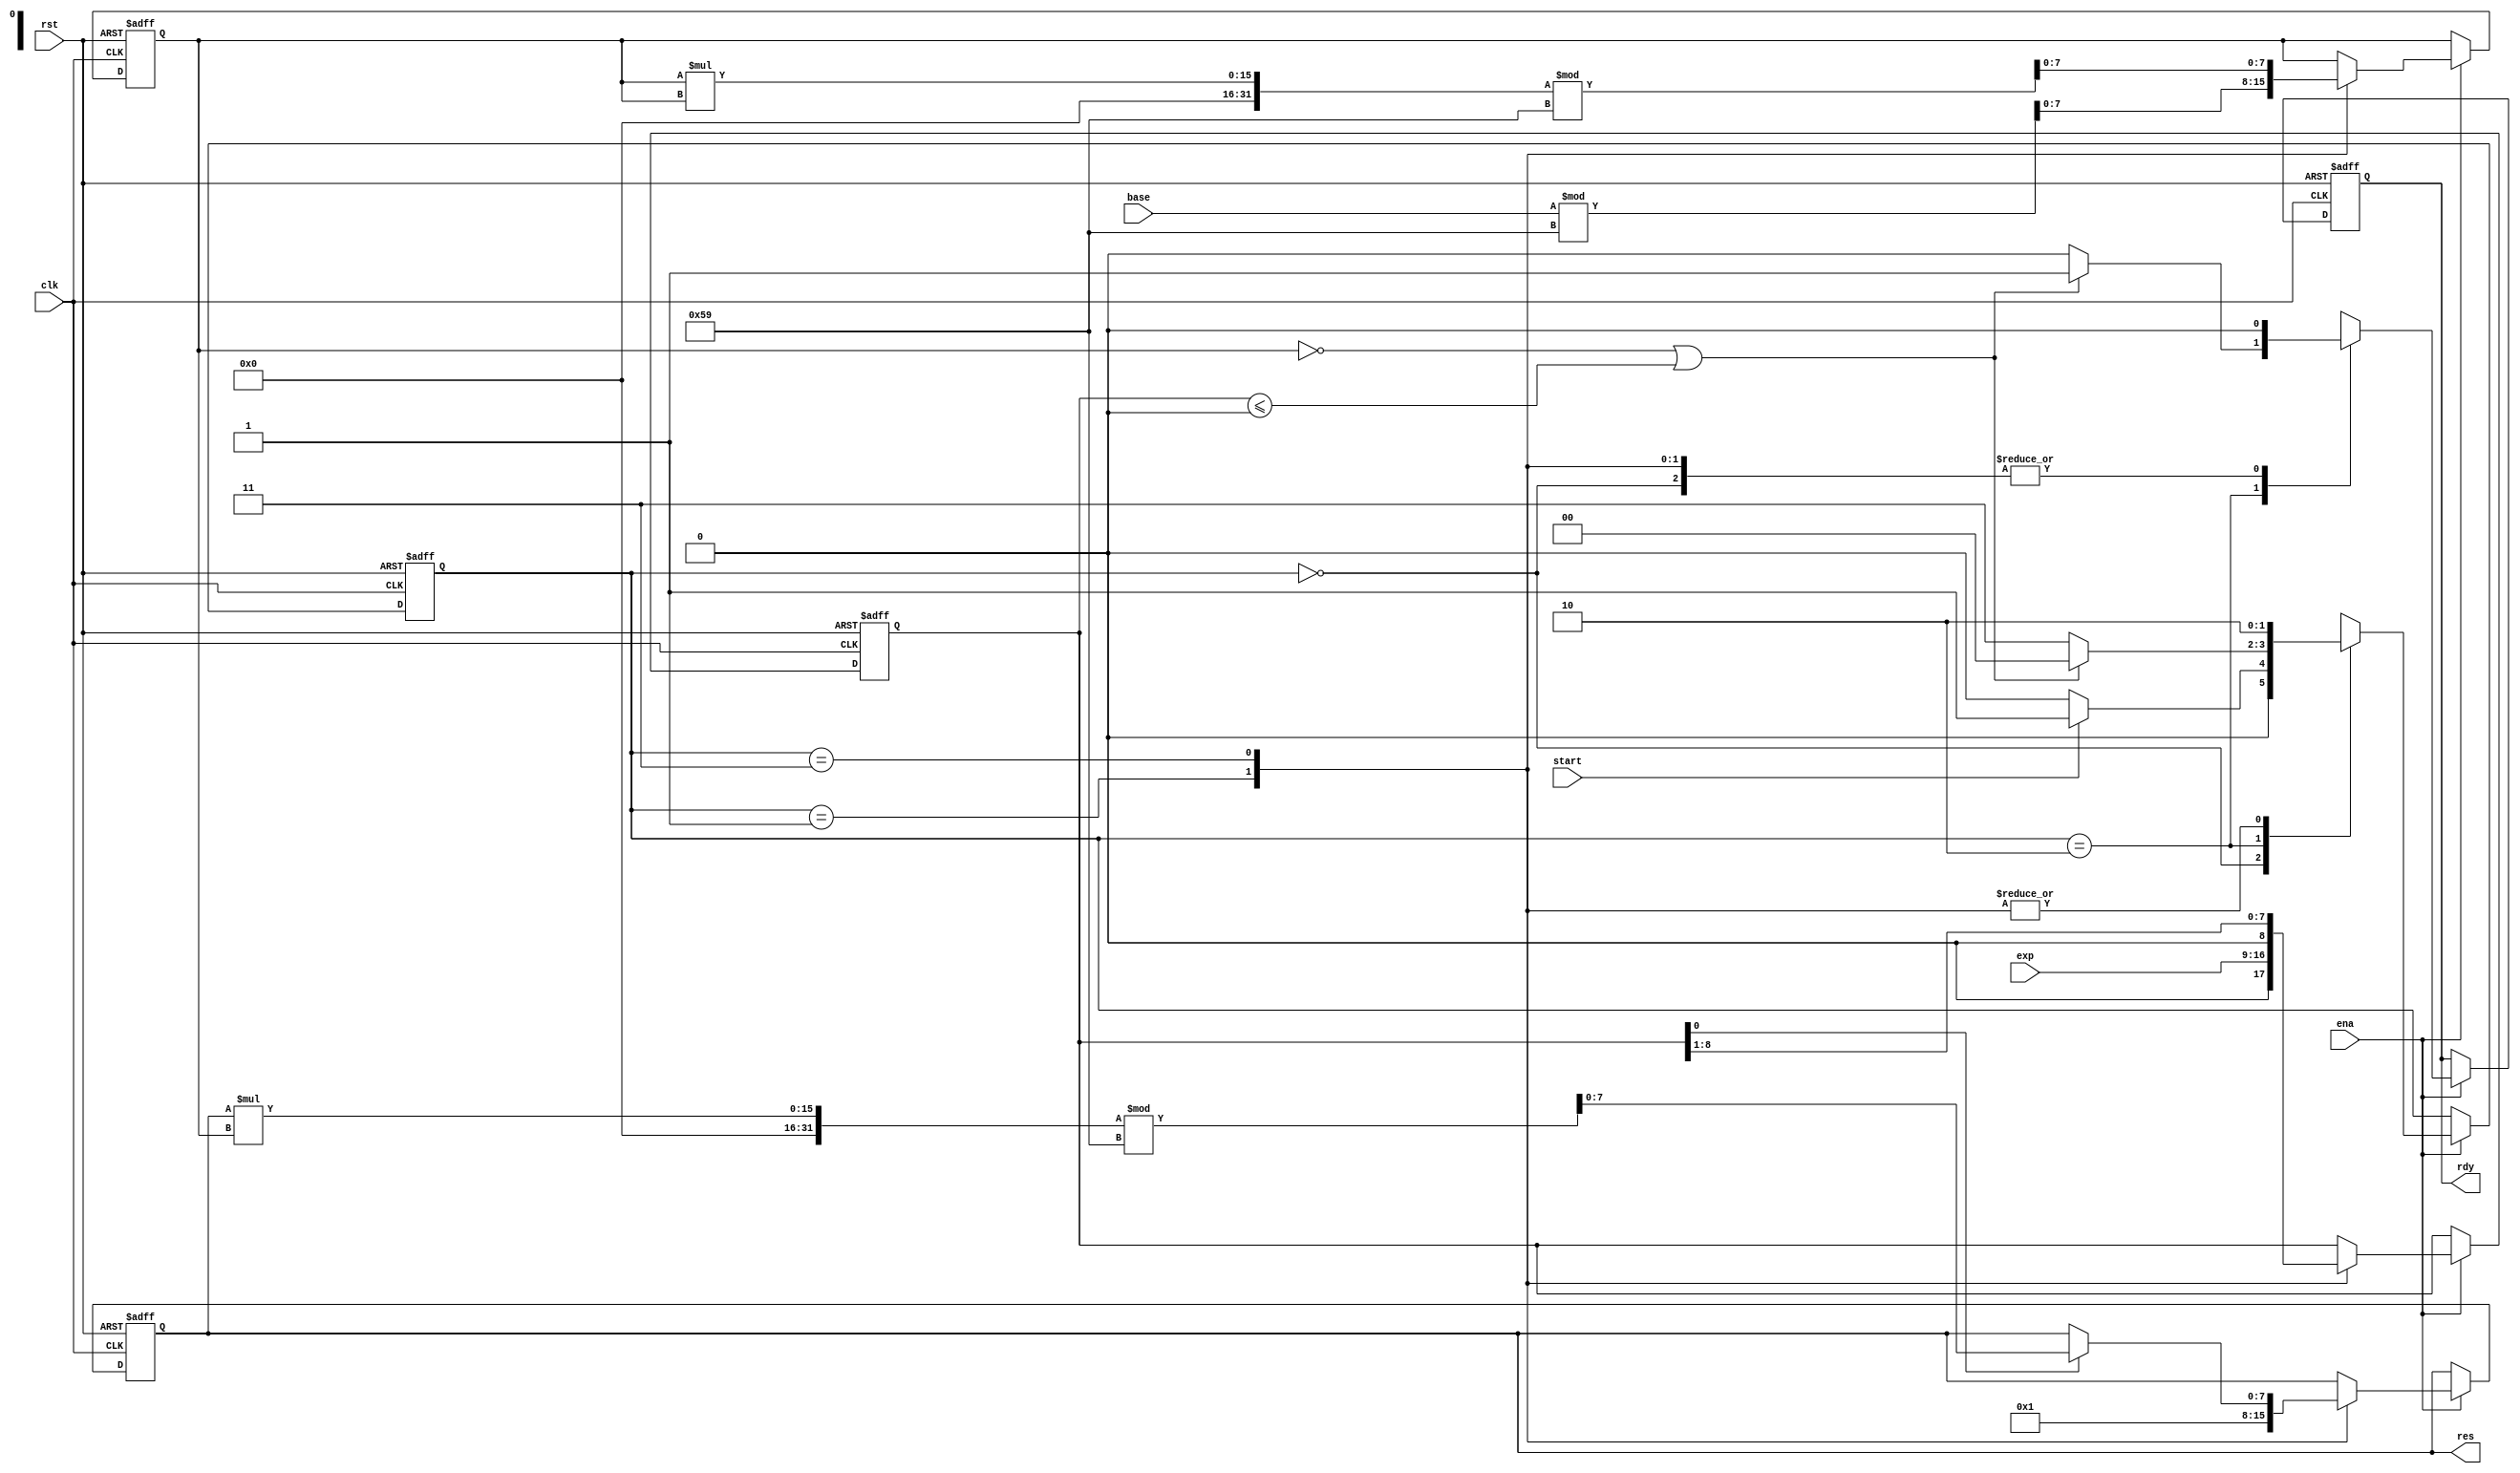
module modularPowering
#(parameter N=8,
parameter P=89
)
(
input  	   	  	 rst,
input  			  	 clk,
input  			  	 ena,
input  			  	 start,
input [N-1:0] base,
input [N-1:0] exp,
output reg [N-1:0] res,
output reg rdy
);
localparam size = 2;
localparam [size-1:0] idle = 3'h0,
							 init = 3'h1,
							 check = 3'h2,
							 operations = 3'h3;
reg [size-1:0] state_reg, state_next;
reg [N-1:0] base_reg,base_next;
reg [N:0] exp_reg, exp_next;
reg [N-1:0] res_next;
reg rdy_next;

	// State register
	always@(posedge clk, posedge rst) begin
		if (rst) begin
			state_reg <= idle;
			rdy		 <= 1'b0;
			base_reg <= {(N){1'b0}};
			exp_reg <= {(N+1){1'b0}};
			res	<= {(N){1'b0}};
		end
		else if (ena) begin
			state_reg <= state_next;
			rdy		 <= rdy_next;
			base_reg	<= base_next;
			exp_reg <= exp_next;
			res 	<= res_next;
		end
	end
	
		// Next state logic
	always@(*) begin
	rdy_next	= 1'b0;
		case(state_reg)
			idle 	 :	if (start) state_next = init;
					   else		  state_next = idle;
			init 	 : state_next = check;
			check  :
			if (base_reg == 0|| $signed(exp_reg)<=0)
			begin			
							rdy_next=1;
							state_next = idle;
			end
						else state_next = operations;

			operations: state_next = check;
						
			default: state_next = idle;
		endcase
	end
	
// Microoperation logic
	always@(*) begin
		exp_next   = exp_reg;
		base_next   = base_reg;
		res_next = res;
		
		case(state_reg)
			init		:	begin
								base_next = base%P;
								res_next=1;
								exp_next = {1'b0,exp};
							end
			operations: begin
							if (exp_reg[0]!=0)
								res_next=(res*base_reg)%P;
							exp_next=exp_reg>>1;
							base_next = (base_reg*base_reg)%P;
							end				
		endcase
		end
endmodule